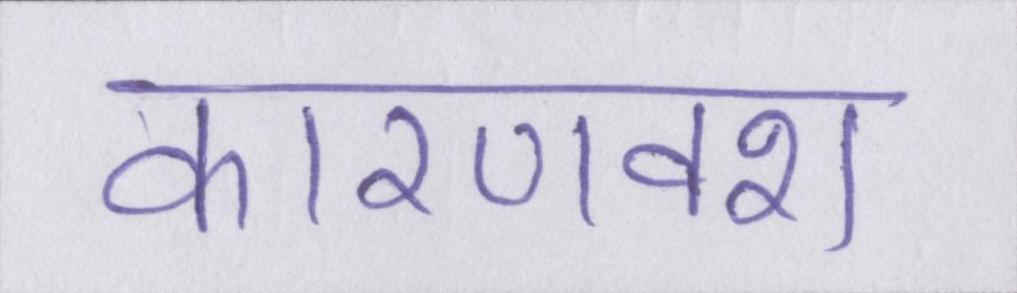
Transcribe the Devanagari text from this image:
कारणवश